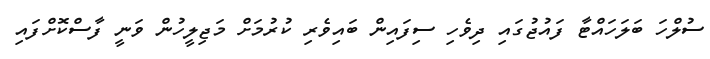
ސުލްހަ ބަލަހައްޓާ ފައުޖުގައި ދިވެހި ސިފައިން ބައިވެރި ކުރުމަށް މަޖިލީހުން ވަނީ ފާސްކޮށްފައި